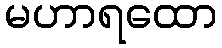
မဟာရထော